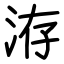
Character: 洊